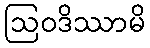
ဩဝဒိဿာမိ